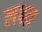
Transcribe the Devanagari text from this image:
लक्ष्य़